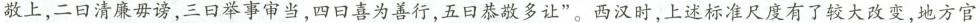
敬上，二日清廉毋谤，三口举事审当，四日喜为善行，五口恭敬多让”。西汉时，上述标准尺度有了较大改变，地方官